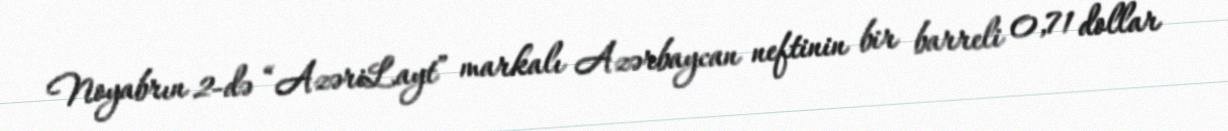
Noyabrın 2-də “AzəriLayt” markalı Azərbaycan neftinin bir barreli 0,71 dollar